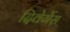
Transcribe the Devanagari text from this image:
दिवेर्गेस